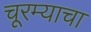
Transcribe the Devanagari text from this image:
चूरम्याचा